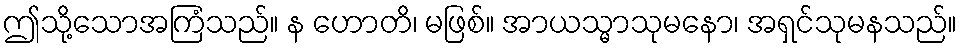
ဤသို့သောအကြံသည်။ န ဟောတိ၊ မဖြစ်။ အာယသ္မာသုမနော၊ အရှင်သုမနသည်။